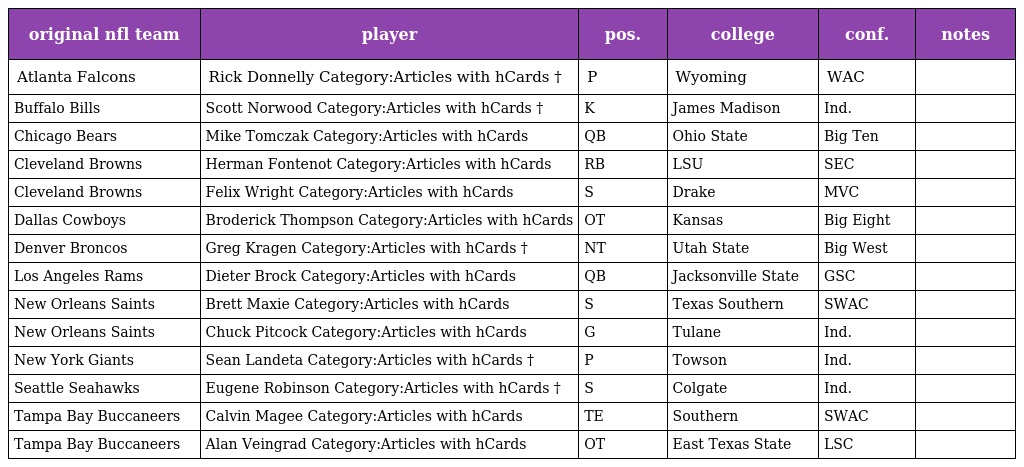
| original nfl team | player | pos. | college | conf. | notes |
 | --- | --- | --- | --- | --- | --- |
 | Atlanta Falcons | Rick Donnelly Category:Articles with hCards † | P | Wyoming | WAC |  |
 | Buffalo Bills | Scott Norwood Category:Articles with hCards † | K | James Madison | Ind. |  |
 | Chicago Bears | Mike Tomczak Category:Articles with hCards | QB | Ohio State | Big Ten |  |
 | Cleveland Browns | Herman Fontenot Category:Articles with hCards | RB | LSU | SEC |  |
 | Cleveland Browns | Felix Wright Category:Articles with hCards | S | Drake | MVC |  |
 | Dallas Cowboys | Broderick Thompson Category:Articles with hCards | OT | Kansas | Big Eight |  |
 | Denver Broncos | Greg Kragen Category:Articles with hCards † | NT | Utah State | Big West |  |
 | Los Angeles Rams | Dieter Brock Category:Articles with hCards | QB | Jacksonville State | GSC |  |
 | New Orleans Saints | Brett Maxie Category:Articles with hCards | S | Texas Southern | SWAC |  |
 | New Orleans Saints | Chuck Pitcock Category:Articles with hCards | G | Tulane | Ind. |  |
 | New York Giants | Sean Landeta Category:Articles with hCards † | P | Towson | Ind. |  |
 | Seattle Seahawks | Eugene Robinson Category:Articles with hCards † | S | Colgate | Ind. |  |
 | Tampa Bay Buccaneers | Calvin Magee Category:Articles with hCards | TE | Southern | SWAC |  |
 | Tampa Bay Buccaneers | Alan Veingrad Category:Articles with hCards | OT | East Texas State | LSC |  |